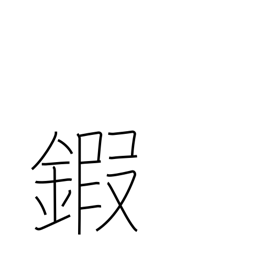
Meaning: armour neck plates